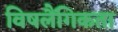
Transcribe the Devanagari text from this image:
विषलैंगिकता